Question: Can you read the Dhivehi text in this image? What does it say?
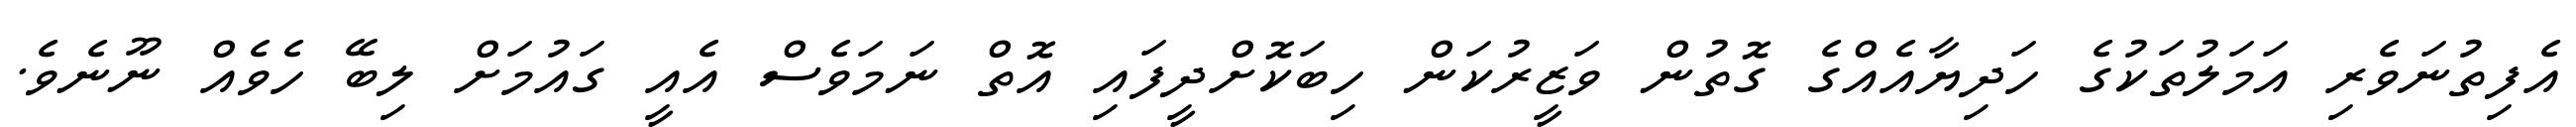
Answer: އެފިތުނަވެރި އަމަލުތަކުގެ ހަދިޔާއެއްގެ ގޮތުން ވަޒީރުކަން ހިބަކޮށްދީފައި އޮތް ނަމަވެސް އެއީ ގައުމަށް ލިބޭ ހެވެއް ނޫނެވެ.